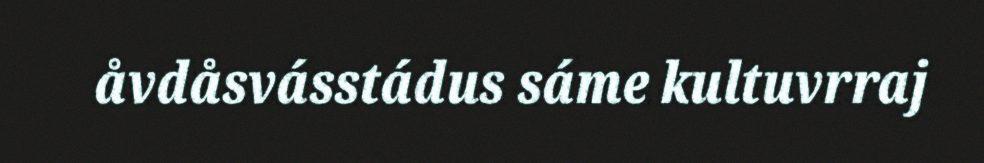
åvdåsvásstádus sáme kultuvrraj